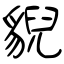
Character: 貎